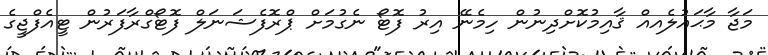
މަޖާ މާޙައުލެއއް ޤާއިމުކޮށްދިނުން ހިމެނޭ އިރު ފޮޓޯ ނެގުމަށް ޕްރޮފެޝަނަލް ފޮޓޯގްރާފަރުން ޓީއެފްޖީގެ